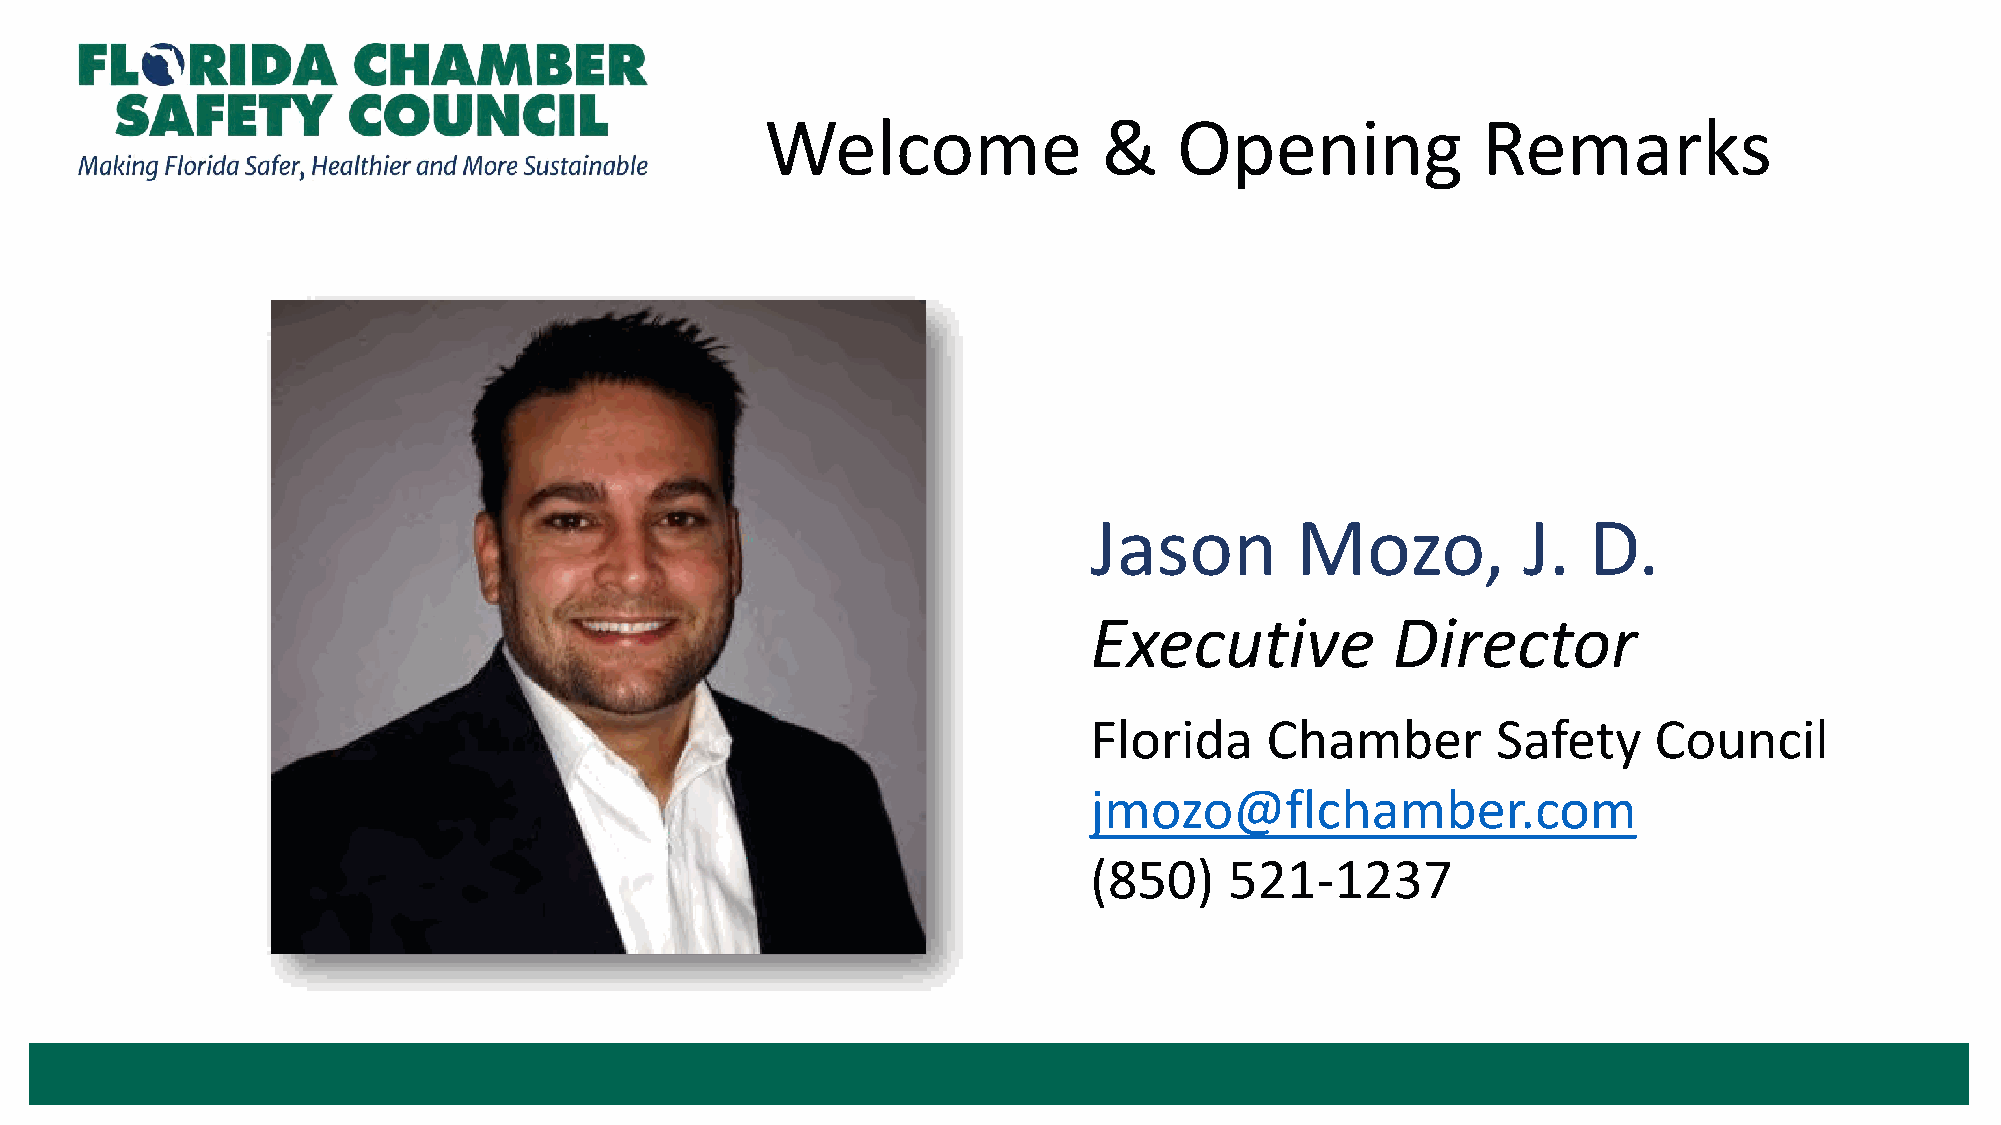
Welcome               &    Opening             Remarks
 Jason         Mozo,          J.  D.
 Executive           Director
 Florida     Chamber        Safety    Council
 jmozo@flchamber.com
 (850)    521-1237